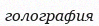
голография